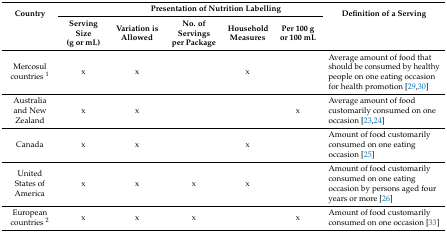
| <ROWSPAN=2> Country |  | <COLSPAN=4> Presentation of Nutrition Labelling | <ROWSPAN=2> Definition of a Serving |
 | Serving Size (g or mL) | Variation is Allowed | No. of Servings per Package | Household Measures | Per 100 g or 100 mL |
 | --- | --- | --- | --- | --- | --- | --- |
 | Mercosul countries 1 | x | x |  | x |  | Average amount of food that should be consumed by healthy people on one eating occasion for health promotion [29,30] |
 | Australia and New Zealand | x | x |  |  | x | Average amount of food customarily consumed on one occasion [23,24] |
 | Canada | x | x |  | x |  | Amount of food customarily consumed on one eating occasion [25] |
 | United States of America | x | x | x | x |  | Amount of food customarily consumed on one eating occasion by persons aged four years or more [26] |
 | European countries 2 | x | x | x |  | x | Amount of food customarily consumed on one occasion [33] |